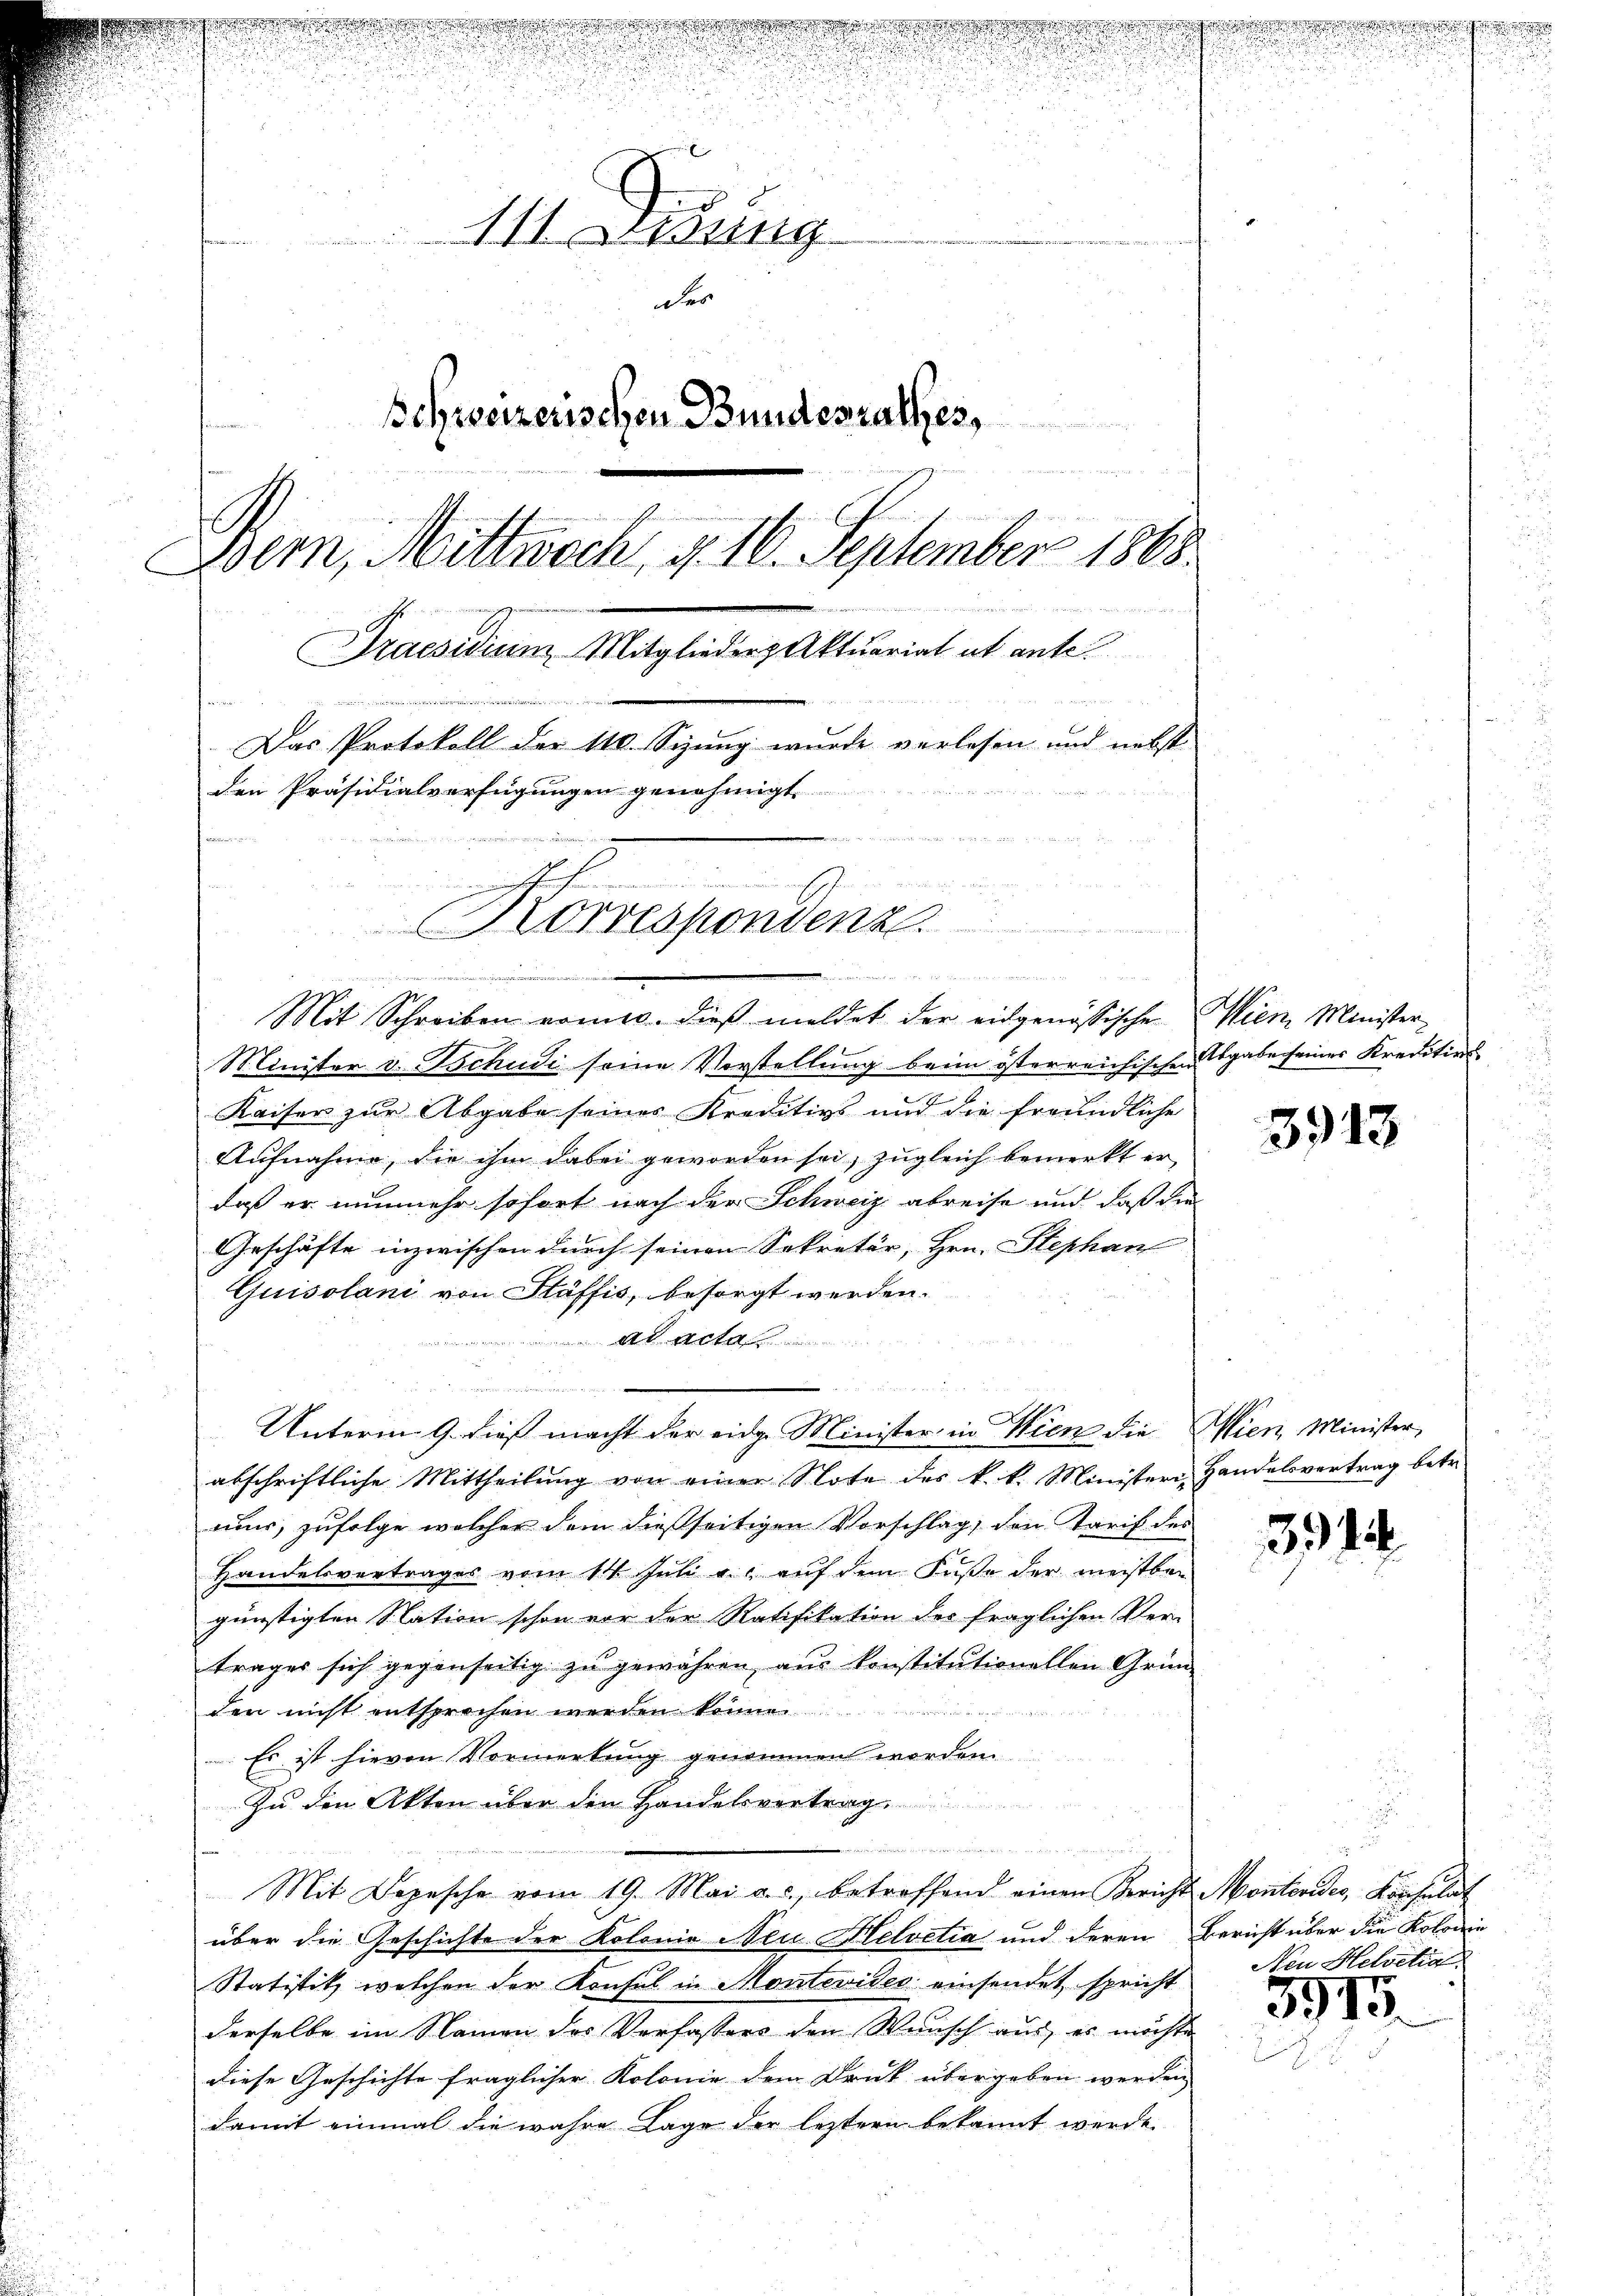
.
111. Lesung
der
Schweizerischen Bundesrathes,
Bern, Mittwoch, d. 16. September 1868.

Praesidium Mitglieder Aktuariat ut ante.
Das Protokoll der 110. Sizung wurde verlesen und nebst
den Präsidialverfügungen genehmigt
fammen

Korrespondenz
dediens der

vorrage ver

Mit Schreiben nomis. dieß meldet der eidgenössische Wien Minister¬
Minister v. Tschudi seine Vorstellung beim österreichischen Abgabe seines Kreditions
Kaiser zur Abgabe seines Kreditivs und die freundliche
Aufnahme, die ihm dabei geworden sei, zugleich bemerkt er
daß er nunmehr sofort nach der Schweiz abreise und daß die
Geschäfte inzwischen durch seinen Sekretär, Hrn. Stephan
Quisolani von Stäffis, besorgt werden.
t
25
und
 Brandern
Unterm 9. dieß macht der eidge Minister in Wien die Wien, Minister,
abschriftliche Mittheilung von einer Note des k. k. Minister, Handelsvertrag betr.
mur, zufolge welcher dem dießseitigen Vorschlag, den Tarif des
Handelsvertrages vom 14. Juli u. auf dem Fuße der meistbe-
günstigten Station schon vor der Ratifikation des fraglichen Ver-
trages sich gegenseitig zu gewähren aus konstitutionellen Grün-
den nicht entsprochen werden könne

Es ist hievon Vormerkung genommen worden.
Zu den Akten über den Handelsvertrag.

Mit Depesche vom 19. Mai a.c. betreffend einen Bericht Montevides, Konsulat
über die Geschichte der Kolonie Neuelvetia und deren Bericht über die Kolonie
Statistik welchen der Konsul in Montevides einsendet spricht Neu Helvetia
derselbe im Namen des Verfassers den Wunsch aus, es möchte
diese Geschichte fraglicher Kolonie dem Druck übergeben werden
damit einmal die wahre Lage der letztern bekannt werde.

gewere

u

3913

3914

u

5975.